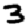
Digit: 3